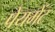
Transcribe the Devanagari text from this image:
पेयमेंट